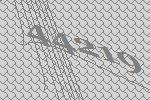
44219